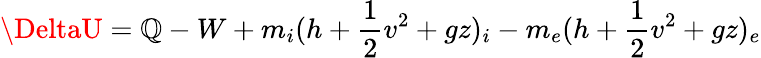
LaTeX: \DeltaU=\mathbb{Q}-W+m_{i}(h+{\frac{{1}}{{2}}}v^{2}+gz)_{i}-m_{e}(h+{\frac{{1}}{{2}}}v^{2}+gz)_{e}